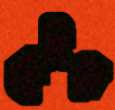
সেদিনে